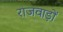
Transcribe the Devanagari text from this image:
राजवाड़ों